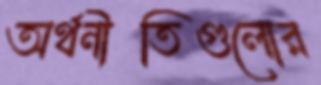
অর্থনীতিগুলোর